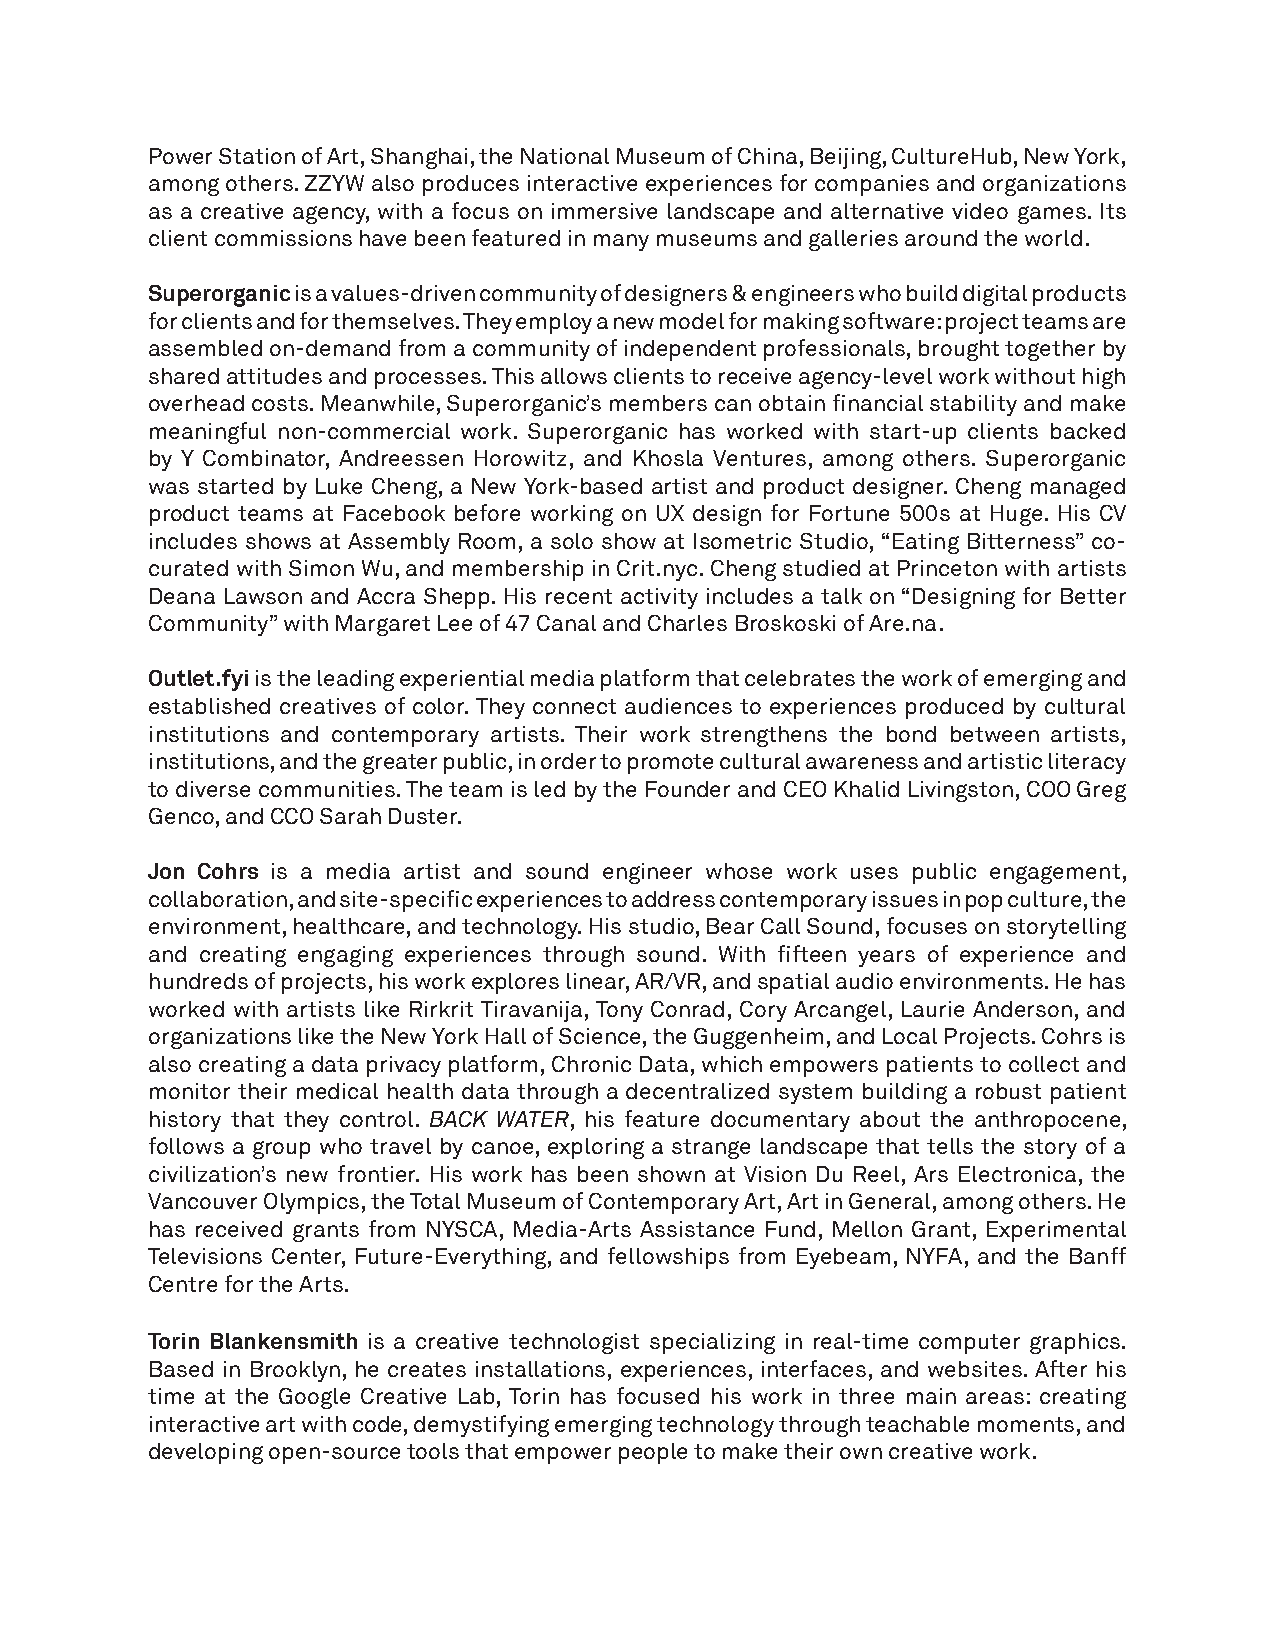
Power Station of Art, Shanghai, the National Museum of China, Beijing, CultureHub, New York,
 among others. ZZYW also produces interactive experiences for companies and organizations
 as a creative agency, with a focus on immersive landscape and alternative video games. Its
 client commissions have been featured in many museums and galleries around the world.
 Superorganic is a values-driven community of designers & engineers who build digital products
 for clients and for themselves. They employ a new model for making software: project teams are
 assembled on-demand from a community of independent professionals, brought together by
 shared attitudes and processes. This allows clients to receive agency-level work without high
 overhead costs. Meanwhile, Superorganic’s members can obtain financial stability and make
 meaningful non-commercial work. Superorganic has worked with start-up clients backed
 by Y Combinator, Andreessen Horowitz, and Khosla Ventures, among others. Superorganic
 was started by Luke Cheng, a New York-based artist and product designer. Cheng managed
 product teams at Facebook before working on UX design for Fortune 500s at Huge. His CV
 includes shows at Assembly Room, a solo show at Isometric Studio, “Eating Bitterness” co-
 curated with Simon Wu, and membership in Crit.nyc. Cheng studied at Princeton with artists
 Deana Lawson and Accra Shepp. His recent activity includes a talk on “Designing for Better
 Community” with Margaret Lee of 47 Canal and Charles Broskoski of Are.na.
 Outlet.fyi is the leading experiential media platform that celebrates the work of emerging and
 established creatives of color. They connect audiences to experiences produced by cultural
 institutions and contemporary artists. Their work strengthens the bond between artists,
 institutions, and the greater public, in order to promote cultural awareness and artistic literacy
 to diverse communities. The team is led by the Founder and CEO Khalid Livingston, COO Greg
 Genco, and CCO Sarah Duster.
 Jon Cohrs is a media artist and sound engineer whose work uses public engagement,
 collaboration, and site-specific experiences to address contemporary issues in pop culture, the
 environment, healthcare, and technology. His studio, Bear Call Sound, focuses on storytelling
 and creating engaging experiences through sound. With fifteen years of experience and
 hundreds of projects, his work explores linear, AR/VR, and spatial audio environments. He has
 worked with artists like Rirkrit Tiravanija, Tony Conrad, Cory Arcangel, Laurie Anderson, and
 organizations like the New York Hall of Science, the Guggenheim, and Local Projects. Cohrs is
 also creating a data privacy platform, Chronic Data, which empowers patients to collect and
 monitor their medical health data through a decentralized system building a robust patient
 history that they control. BACK WATER, his feature documentary about the anthropocene,
 follows a group who travel by canoe, exploring a strange landscape that tells the story of a
 civilization’s new frontier. His work has been shown at Vision Du Reel, Ars Electronica, the
 Vancouver Olympics, the Total Museum of Contemporary Art, Art in General, among others. He
 has received grants from NYSCA, Media-Arts Assistance Fund, Mellon Grant, Experimental
 Televisions Center, Future-Everything, and fellowships from Eyebeam, NYFA, and the Banff
 Centre for the Arts.
 Torin Blankensmith is a creative technologist specializing in real-time computer graphics.
 Based in Brooklyn, he creates installations, experiences, interfaces, and websites. After his
 time at the Google Creative Lab, Torin has focused his work in three main areas: creating
 interactive art with code, demystifying emerging technology through teachable moments, and
 developing open-source tools that empower people to make their own creative work.